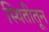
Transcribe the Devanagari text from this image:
स्थितीतून